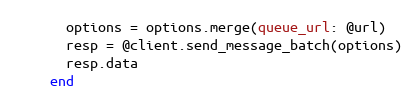
Language: Ruby
      options = options.merge(queue_url: @url)
      resp = @client.send_message_batch(options)
      resp.data
    end